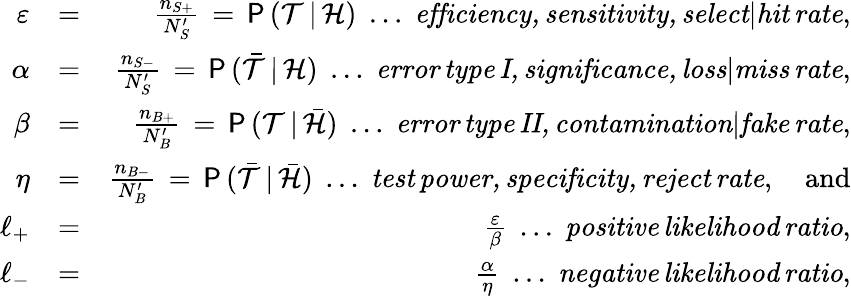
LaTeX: \begin{array}{rlr}{\varepsilon}&{=}&{\frac{n_{S+}}{N_{S}^{\prime}}\, =\, \mathsf{P}\, (\mathcal{T}\, |\, \mathcal{H})\; \ldots\; \mathit{efficiency,sensitivity,select|hit\, rate},}\\ {\alpha}&{=}&{\frac{n_{S-}}{N_{S}^{\prime}}\, =\, \mathsf{P}\, (\bar{\mathcal{T}}\, |\, \mathcal{H})\; \ldots\; \mathit{error\, type\, I,significance,loss|miss\, rate},}\\ {\beta}&{=}&{\frac{n_{B+}}{N_{B}^{\prime}}\, =\, \mathsf{P}\, (\mathcal{T}\, |\, \bar{\mathcal{H}})\; \ldots\; \mathit{error\, type\, II,contamination|fake\, rate},}\\ {\eta}&{=}&{\frac{n_{B-}}{N_{B}^{\prime}}\, =\, \mathsf{P}\, (\bar{\mathcal{T}}\, |\, \bar{\mathcal{H}})\; \ldots\; \mathit{test\, power,specificity,reject\, rate},\quad\mathrm{and}}\\ {\ell_{+}}&{=}&{\frac{\varepsilon}{\beta}\; \ldots\; \mathit{positive\, likelihood\, ratio},}\\ {\ell_{-}}&{=}&{\frac{\alpha}{\eta}\; \ldots\; \mathit{negative\, likelihood\, ratio},}\end{array}